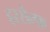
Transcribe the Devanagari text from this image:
हरसेल्फ़